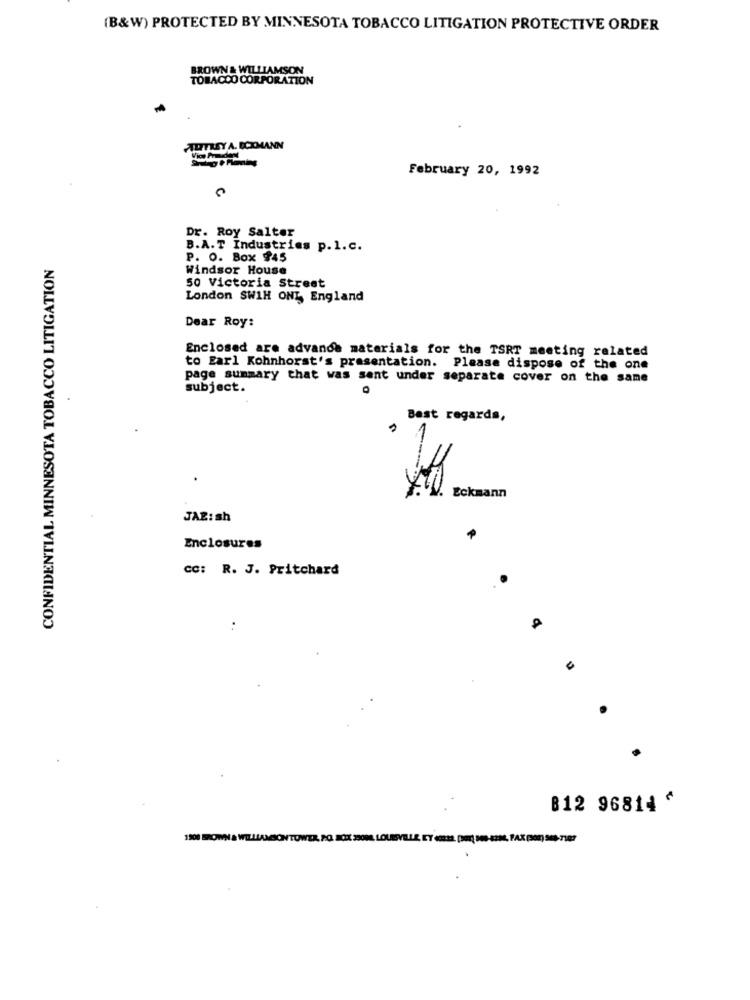
(B&W) PROTECTED BY MINNESOTA TOBACCO LITIGATION PROTECTIVE ORDER
BROWN & WILLIAMSON
TOBACCO CORPORATION
TITLEY A. BCKMANN
February 20, 1992
Dr. Roy Salter
B.A.T Industries p.l.c.
CONFIDENTIAL MINNESOTA TOBACCO LITIGATION
P. O. Box $45
Windsor House
50 Victoria Street
London SW1H ONT, England
Dear Roy:
Enclosed are advande materials for the TSRT meeting related
to Earl Kohnhorst's presentation. Please dispose of the one
page summary that was sent under separate cover on the same
subject.
Best regards,
Eckmann
JAZ: sh
Enclosures
CC: R. J. Pritchard
B12 96811 ^
1900 BROWN & WILLIAMGION TOWER, PO. OX 250ML, LO